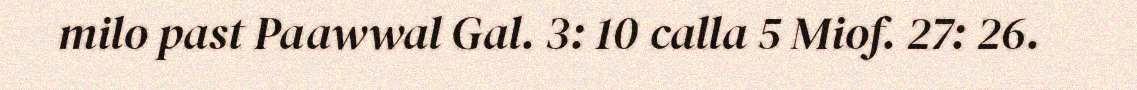
milo past Paawwal Gal. 3: 10 calla 5 Miof. 27: 26.